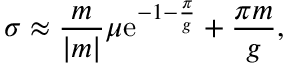
\sigma \approx { \frac { m } { | m | } } \mu \mathrm { e } ^ { - 1 - { \frac { \pi } { g } } } + { \frac { \pi m } { g } } ,